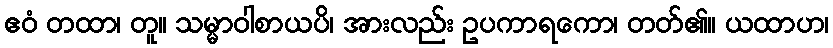
ဧဝံ တထာ၊ တူ။ သမ္မာဝါစာယပိ၊ အားလည်း ဥပကာရကော၊ တတ်၏။ ယထာဟ၊